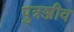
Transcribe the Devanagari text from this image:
पुत्रञ्जीव